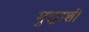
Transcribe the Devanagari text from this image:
मुद्द्याशी